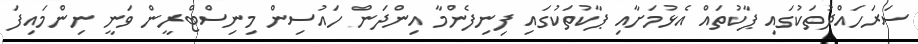
ސަރަހައްދުތަކުގައި ޕާކުތައް އެޅުމަށާއި ޕާކުތަކުގައި ފިނިފެންމާ އިންދަން ހައުސިން މިނިސްޓްރީން ވަނީ ނިންމައިފަ